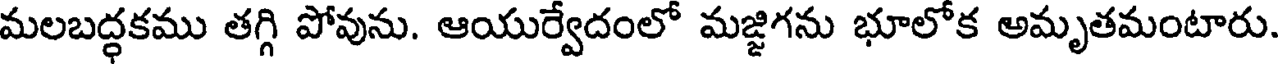
మలబద్ధకము తగ్గి పోవును. ఆయుర్వేదంలో మజ్జిగను భూలోక అమృతమంటారు.